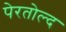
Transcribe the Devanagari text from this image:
पेरतोल्द